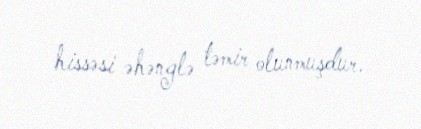
hissəsi əhənglə təmir olunmuşdur.